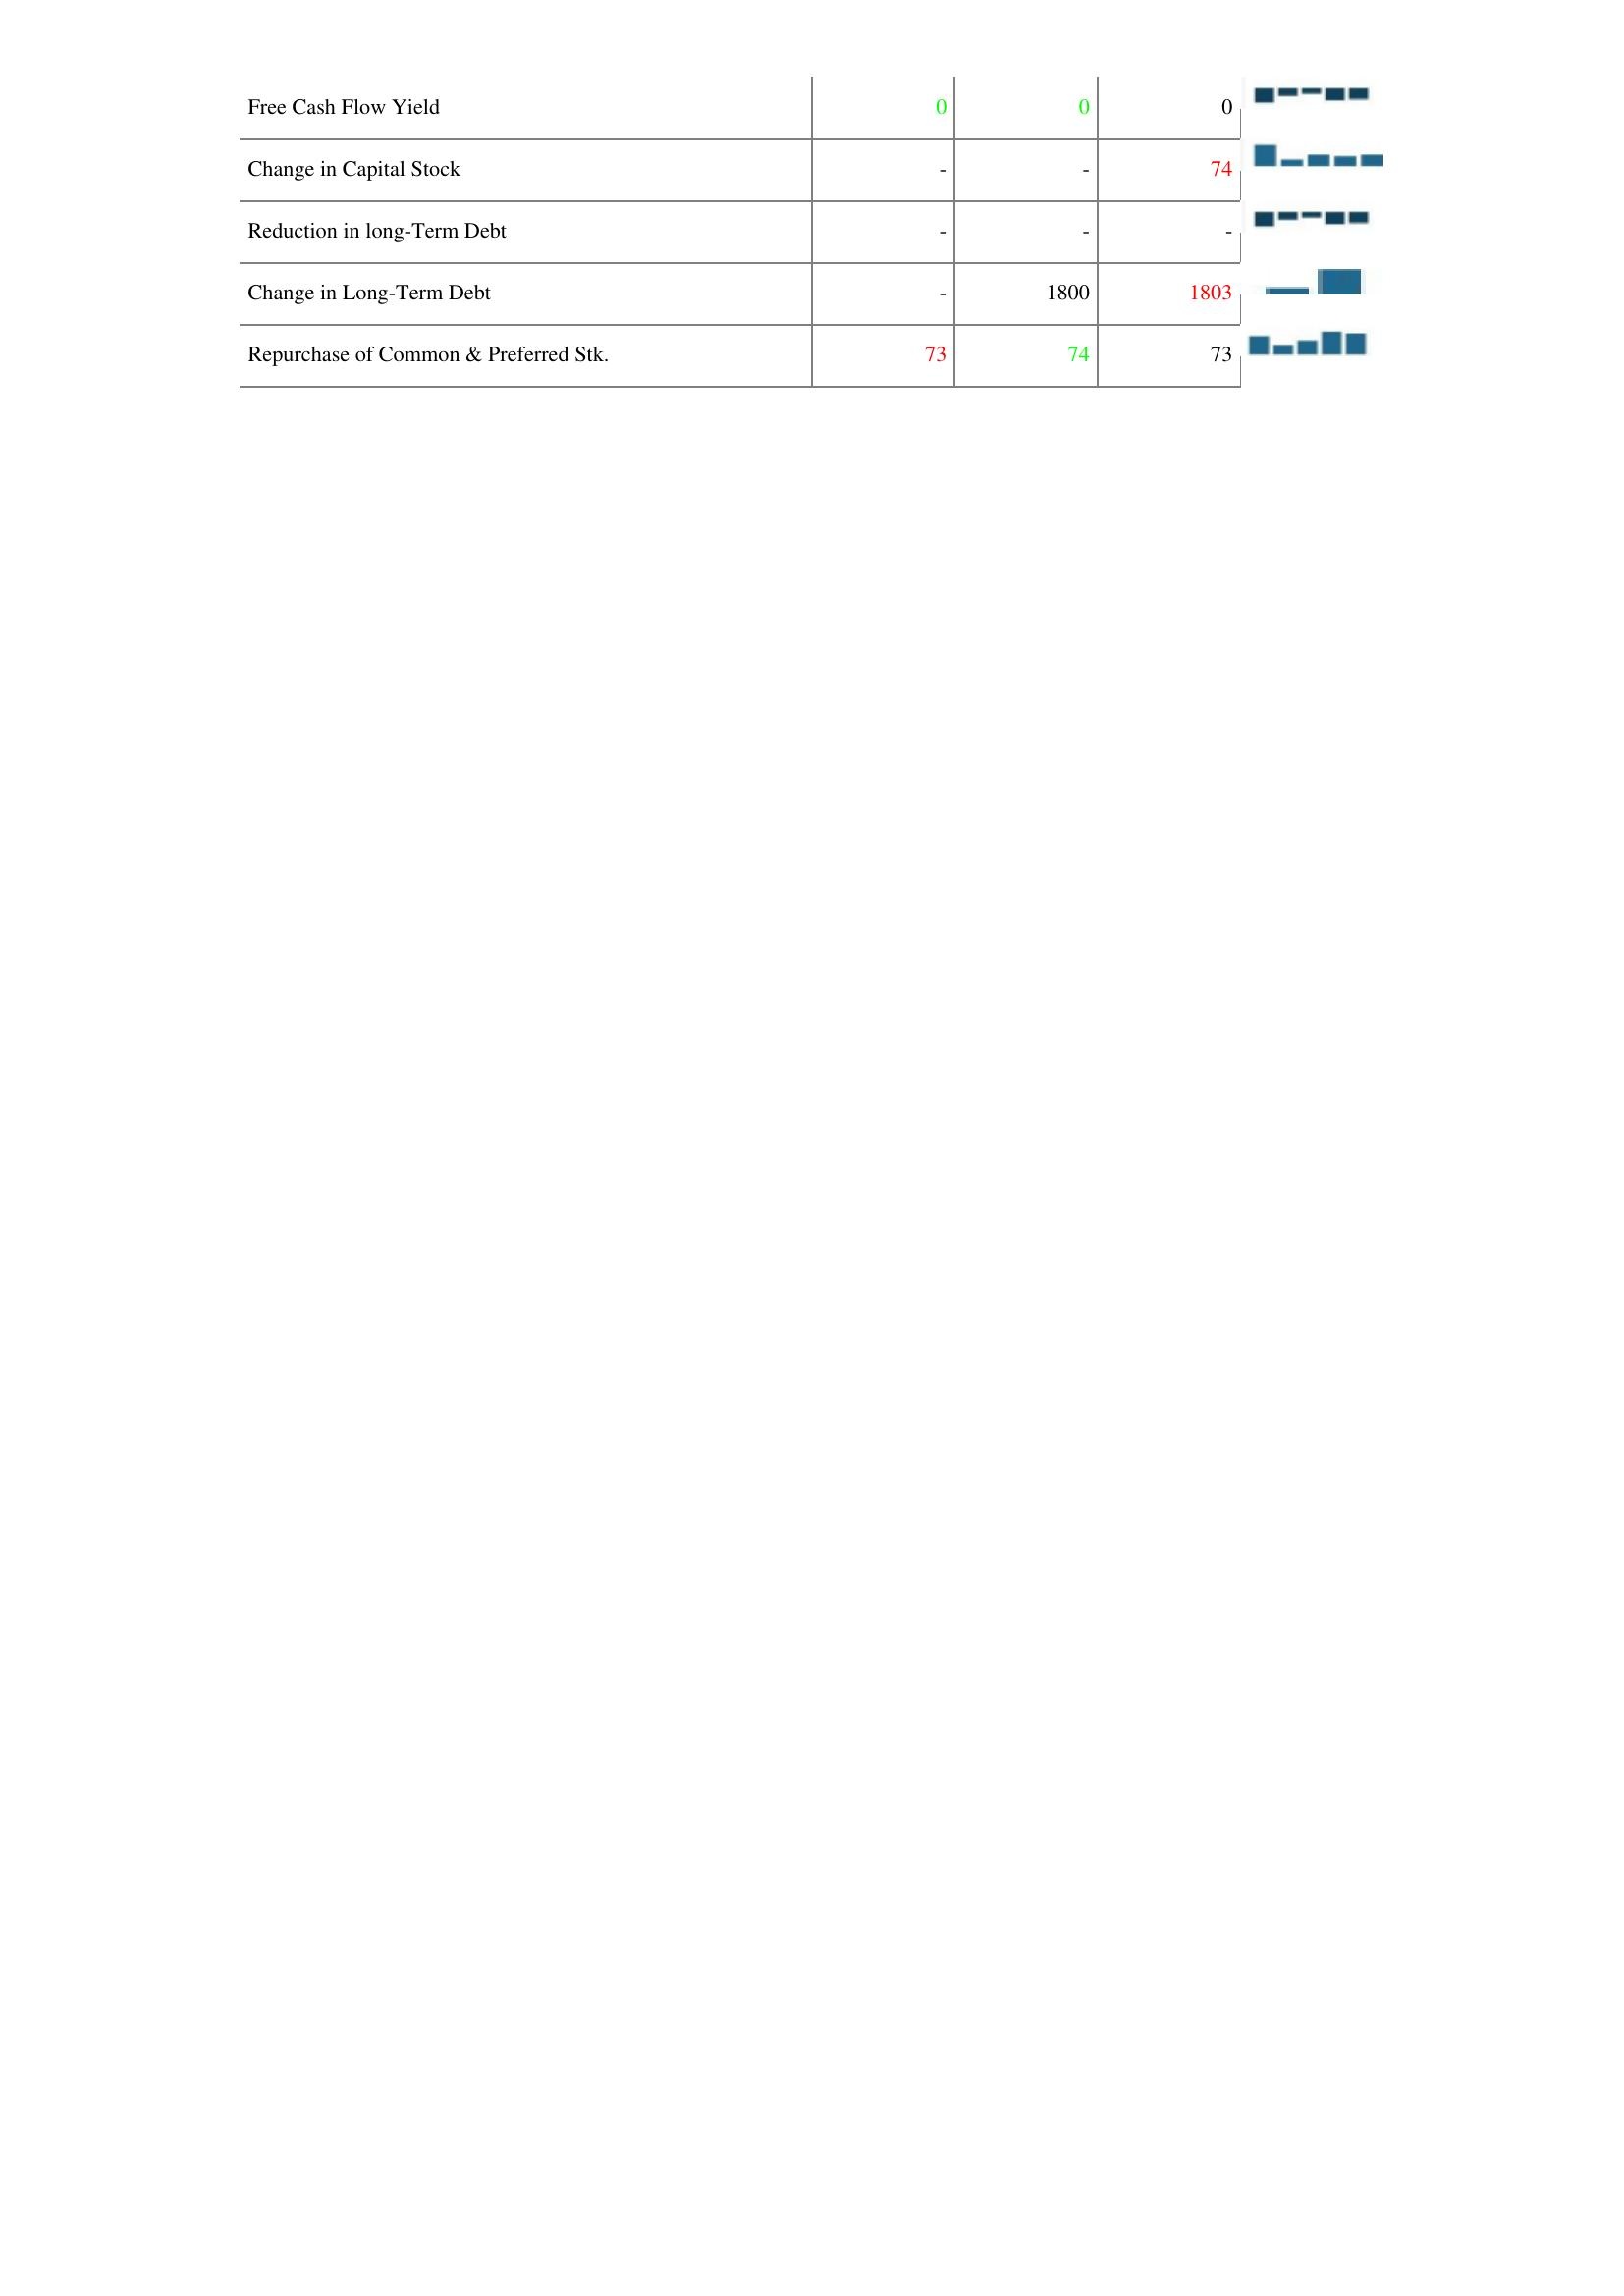
2017: Financing Activities: Free Cash Flow Yield: 0
Change in Capital Stock: -
Reduction in long-Term Debt: -
Change in Long-Term Debt: -
Repurchase of Common & Preferred Stk.: 73
2016: Financing Activities: Free Cash Flow Yield: 0
Change in Capital Stock: -
Reduction in long-Term Debt: -
Change in Long-Term Debt: 1800
Repurchase of Common & Preferred Stk.: 74
2015: Financing Activities: Free Cash Flow Yield: 0
Change in Capital Stock: 74
Reduction in long-Term Debt: -
Change in Long-Term Debt: 1803
Repurchase of Common & Preferred Stk.: 73